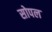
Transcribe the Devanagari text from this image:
सोपल